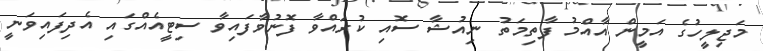
މަޖިލީހުގެ އަމީން އާއްމު ފާތިމަތު ނިއުޝާ ސޮއި ކުރައްވާ ފޮނުވާފައިވާ ސިޓީއެއްގައި އެދިފައިވަނީ